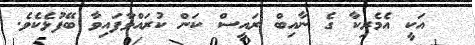
އަކީ އެމެރިކާ ގެ ނާއިބް ރައީސް ކަން ކުރައްވާފައިވާ ބޭފުޅެކެވެ.